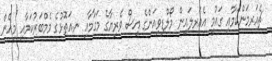
ޗެއަރމަންކަމާއި ގައުމީ އެއަރލައިން މޯލްޑިވިއަންގެ އިސް ވެރިޔާގެ މަގާމާއި ނ.އަތޮޅުގެ މެމްބަރުކަމާއި މިހެން